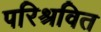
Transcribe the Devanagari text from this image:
परिश्रवित